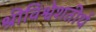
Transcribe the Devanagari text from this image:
श्रीविश्वेशतीर्थ